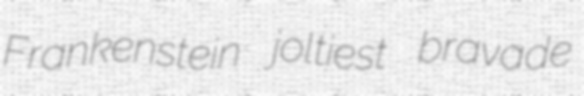
Frankenstein joltiest bravade